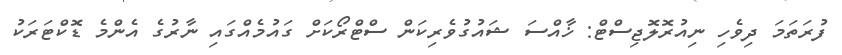
ފުރަތަމަ ދިވެހި ނިއުރޮލޮޖިސްޓް: ޚާއްސަ ޝައުގުވެރިކަން ސްޓްރޯކަށް ގައުމެއްގައި ނާރުގެ އެންމެ ޑޮކްޓަރަކު